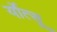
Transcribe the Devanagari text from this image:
र्योत्सू